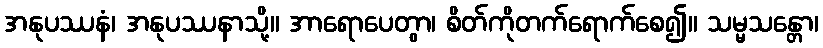
အနုပဿနံ၊ အနုပဿနာသို့။ အာရောပေတွာ၊ စိတ်ကိုတက်ရောက်စေ၍။ သမ္မသန္တော၊